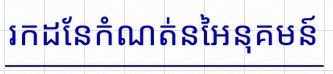
រកដែនកំណត់នៃអនុគមន៍